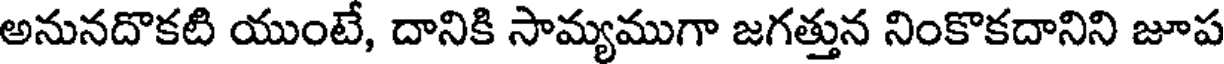
అనునదొకటి యుంటే, దానికి సామ్యముగా జగత్తున నింకొకదానిని జూప